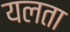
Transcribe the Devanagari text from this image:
यलता